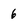
Character: 6